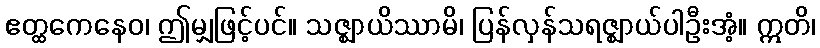
ဧတ္ထကေနေဝ၊ ဤမျှဖြင့်ပင်။ သဇ္ဈာယိဿာမိ၊ ပြန်လှန်သရဇ္ဈာယ်ပါဦးအံ့။ ဣတိ၊